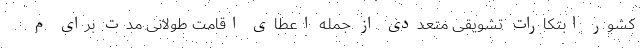
کشور ابتکارات تشویقی متعددی از جمله اعطای اقامت طولانی مدت برای م